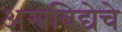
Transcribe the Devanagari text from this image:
अस्त्रविद्येचे